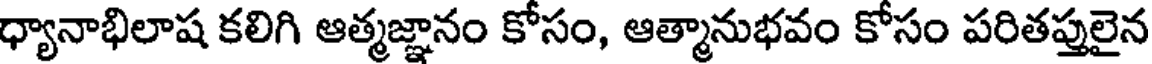
ధ్యానాభిలాష కలిగి ఆత్మజ్ఞానం కోసం, ఆత్మానుభవం కోసం పరితప్తులైన